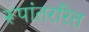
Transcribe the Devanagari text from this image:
रूपांतररित